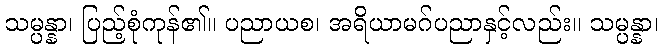
သမ္ပန္နာ၊ ပြည့်စုံကုန်၏။ ပညာယစ၊ အရိယာမဂ်ပညာနှင့်လည်း။ သမ္ပန္နာ၊